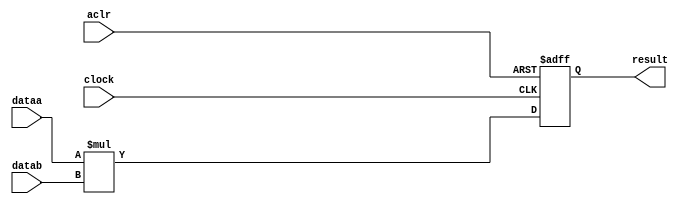
//lpm_mult CBX_DECLARE_ALL_CONNECTED_PORTS="OFF" DEDICATED_MULTIPLIER_CIRCUITRY="YES" DEVICE_FAMILY="Cyclone V" DSP_BLOCK_BALANCING="Auto" LPM_PIPELINE=1 LPM_REPRESENTATION="UNSIGNED" LPM_WIDTHA=9 LPM_WIDTHB=6 LPM_WIDTHP=15 LPM_WIDTHS=1 MAXIMIZE_SPEED=5 aclr clock dataa datab result CARRY_CHAIN="MANUAL" CARRY_CHAIN_LENGTH=48
//VERSION_BEGIN 17.0 cbx_cycloneii 2017:04:25:18:06:29:SJ cbx_lpm_add_sub 2017:04:25:18:06:29:SJ cbx_lpm_mult 2017:04:25:18:06:29:SJ cbx_mgl 2017:04:25:18:09:28:SJ cbx_nadder 2017:04:25:18:06:30:SJ cbx_padd 2017:04:25:18:06:30:SJ cbx_stratix 2017:04:25:18:06:30:SJ cbx_stratixii 2017:04:25:18:06:30:SJ cbx_util_mgl 2017:04:25:18:06:30:SJ  VERSION_END
// synthesis VERILOG_INPUT_VERSION VERILOG_2001
// altera message_off 10463



// Copyright (C) 2017  Intel Corporation. All rights reserved.
//  Your use of Intel Corporation's design tools, logic functions 
//  and other software and tools, and its AMPP partner logic 
//  functions, and any output files from any of the foregoing 
//  (including device programming or simulation files), and any 
//  associated documentation or information are expressly subject 
//  to the terms and conditions of the Intel Program License 
//  Subscription Agreement, the Intel Quartus Prime License Agreement,
//  the Intel MegaCore Function License Agreement, or other 
//  applicable license agreement, including, without limitation, 
//  that your use is for the sole purpose of programming logic 
//  devices manufactured by Intel and sold by Intel or its 
//  authorized distributors.  Please refer to the applicable 
//  agreement for further details.



//synthesis_resources = 
//synopsys translate_off
`timescale 1 ps / 1 ps
//synopsys translate_on
module  mult_rau
	( 
	aclr,
	clock,
	dataa,
	datab,
	result) /* synthesis synthesis_clearbox=1 */;
	input   aclr;
	input   clock;
	input   [8:0]  dataa;
	input   [5:0]  datab;
	output   [14:0]  result;
`ifndef ALTERA_RESERVED_QIS
// synopsys translate_off
`endif
	tri0   aclr;
	tri0   clock;
`ifndef ALTERA_RESERVED_QIS
// synopsys translate_on
`endif

	reg  [14:0]  result_output_reg;
	wire [8:0]    dataa_wire;
	wire [5:0]    datab_wire;
	wire [14:0]    result_wire;


	// synopsys translate_off
	initial
		result_output_reg = 0;
	// synopsys translate_on
	always @(posedge clock or posedge aclr)
		if (aclr == 1'b1)
			result_output_reg <= 15'b0;
		else
			result_output_reg <= result_wire[14:0];

	assign dataa_wire = dataa;
	assign datab_wire = datab;
	assign result_wire = dataa_wire * datab_wire;
	assign result = ({result_output_reg});

endmodule //mult_rau
//VALID FILE